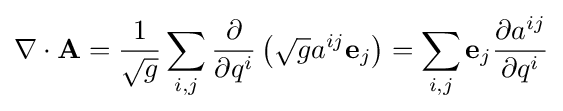
\nabla \cdot \mathbf {A} ={\frac {1}{\sqrt {g}}}\sum _{i,j}{\frac {\partial }{\partial q^{i}}}\left({\sqrt {g}}a^{ij}\mathbf {e} _{j}\right)=\sum _{i,j}\mathbf {e} _{j}{\frac {\partial a^{ij}}{\partial q^{i}}}